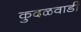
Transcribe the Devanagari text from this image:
कुदळवाडी